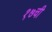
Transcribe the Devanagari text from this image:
१७ची